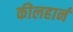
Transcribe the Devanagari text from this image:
कीलहार्न